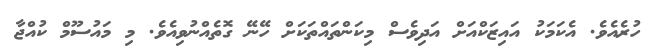
ހުރެއެވެ. އެކަމަކު އައިޒަކްއަށް އަދިވެސް މިކަންތައްތަކަށް ހޭނޭ ގޮތެއްނުވިއެވެ. މި މައުސޫމް ކުއްޖާ